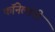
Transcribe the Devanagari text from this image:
कॉनेलांनी